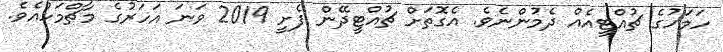
ހަމަހުގެ ޗުއްޓީއެއް ދެމުންނެވެ. އެގޮތަށް ޗުއްޓީދޭން ފެށީ 2019 ވަނަ އަހަރުގެ މާޗްމަހުއެެވެ.